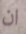
ان